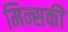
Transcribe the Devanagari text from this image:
मिन्सकी